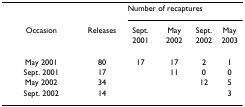
<table><thead><tr><td></td><td></td><td colspan="4"><b>Number of recaptures</b></td></tr><tr><td><b>Occasion</b></td><td><b>Releases</b></td><td><b>Sept. 2001</b></td><td><b>May 2002</b></td><td><b>Sept. 2002</b></td><td><b>May 2003</b></td></tr></thead><tbody><tr><td>May 2001</td><td>80</td><td>17</td><td>17</td><td>2</td><td>1</td></tr><tr><td>Sept. 2001</td><td>17</td><td></td><td>11</td><td>0</td><td>0</td></tr><tr><td>May 2002</td><td>34</td><td></td><td></td><td>12</td><td>5</td></tr><tr><td>Sept. 2002</td><td>14</td><td></td><td></td><td></td><td>3</td></tr></tbody></table>